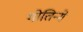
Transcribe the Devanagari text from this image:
गोतिन्गे